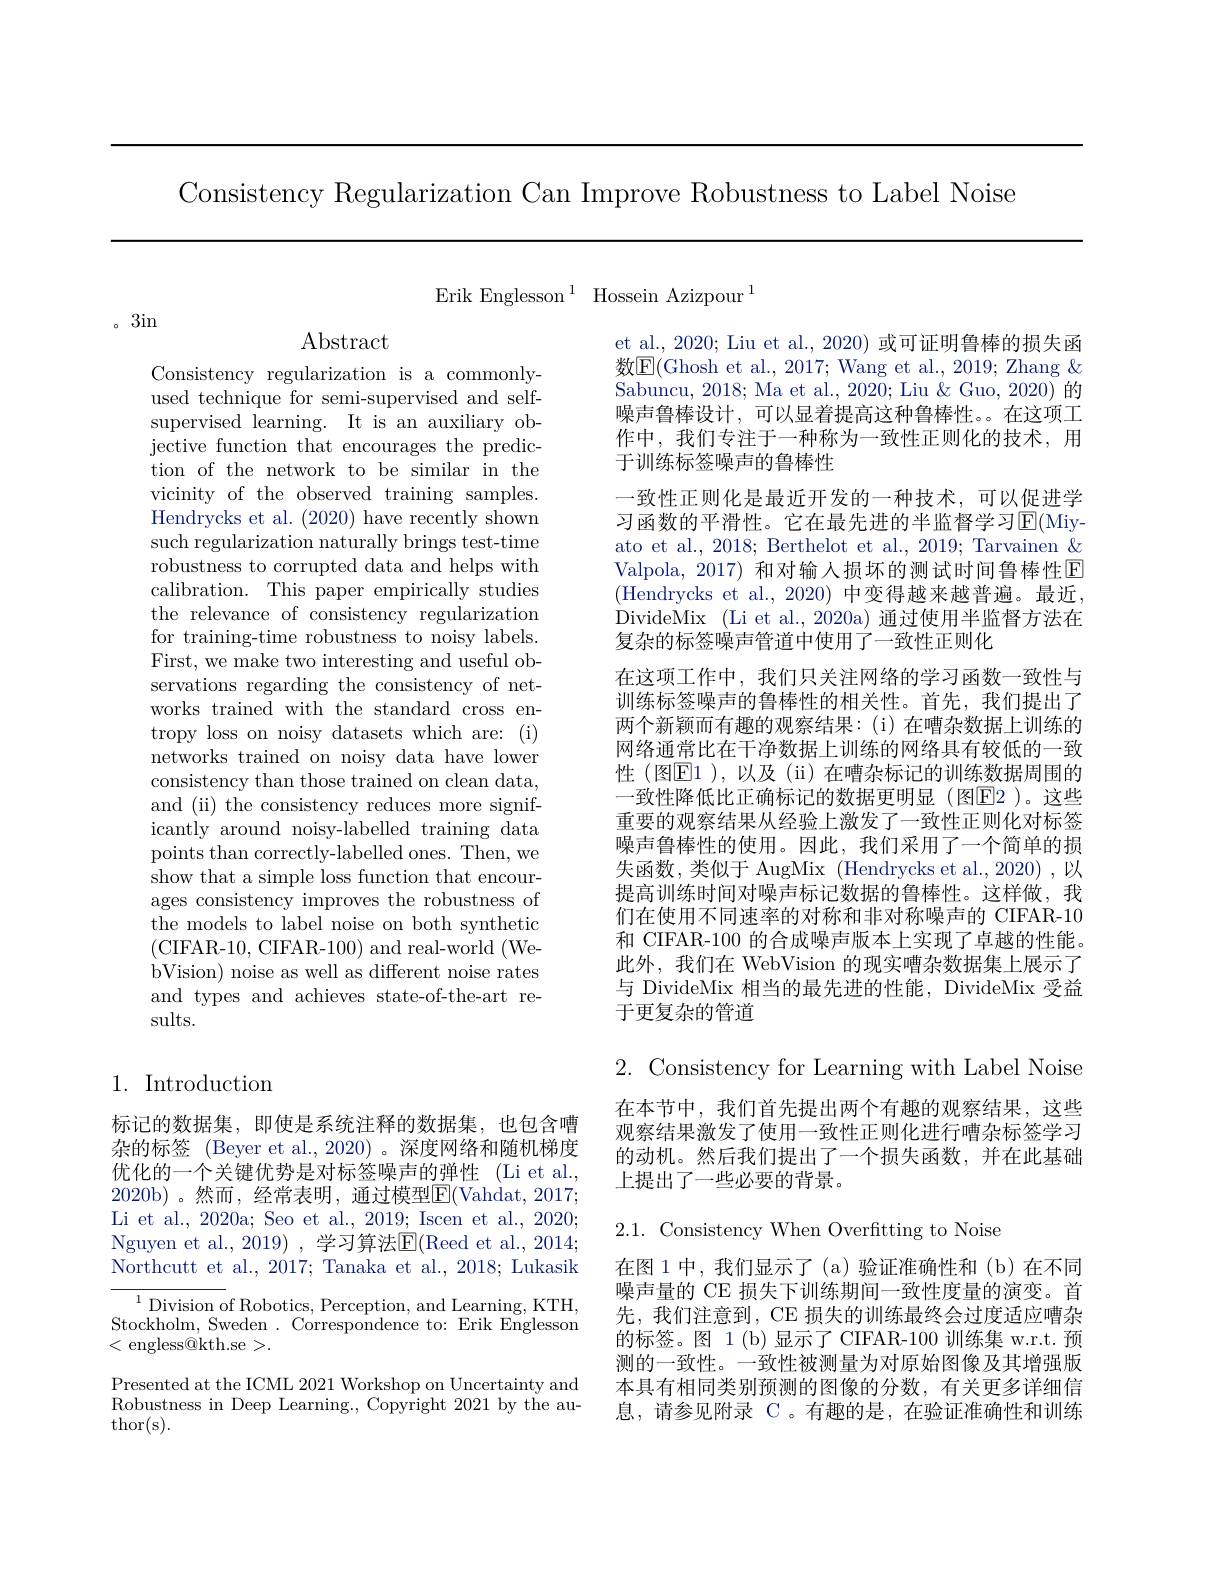
Consistency Regularization Can Improve Robustness to Label Noise

3in

$\operatorname{Abstract}$

Consistency regularization is a commonlyused technique for semi-supervised and selfsupervised learning. It is an auxiliary objective function that encourages the prediction of the network to be similar in the vicinity of the observed training samples. Hendrycks et al. (2020) have recently shown such regularization naturally brings test-time robustness to corrupted data and helps with calibration. This paper empirically studies the relevance of consistency regularization for training-time robustness to noisy labels. First, we make two interesting and useful observations regarding the consistency of networks trained with the standard cross entropy loss on noisy datasets which are: (i) networks trained on noisy data have lower consistency than those trained on clean data, and (ii) the consistency reduces more significantly around noisy-labelled training data points than correctly-labelled ones. Then, we show that a simple loss function that encourages consistency improves the robustness of the models to label noise on both synthetic (CIFAR-10, CIFAR-100) and real-world (WebVision) noise as well as different noise rates and types and achieves state-of-the-art results.

# 1. Introduction

标记的数据集，即使是系统注释的数据集，也包含嘈杂的标签 (Beyer et al.,2020) 。深度网络和随机梯度优化的一个关键优势是对标签噪声的弹性 (Li et al., 2020b)。然而，经常表明，通过模型$\boxed{\mathrm{F}}($Vahdat,2017; Li et al., 2020a; Seo et al., 2019; Iscen et al., 2020; Nguyen et al. , 2019) , 学习算法E(Reed et al., 2014; Northcutt et al., 2017; Tanaka et al., 2018; Lukasik $^{1}\underset{{\mathrm{d}}}{\operatorname*{\text{Division of Robotics, Perception, and Learning, KTH}}}{\underset{\mathrm{d}}{\operatorname*{\text{Division of Robotics, Perception, and Learning, KTH}}}}\underset{\mathrm{d}}{\operatorname*{\text{Division of Robotics, Perception, and Learning, KTH}}}$,
Stockholm, Sweden. Correspondence to: Erik Englesson
<engless@kth.se>.
Presented at the ICML 2021 Workshop on Uncertainty and Robustness in Deep Learning., Copyright 2021 by the au- $\operatorname{thor(s).}$

Erik Englesson $^1$ Hossein Azizpour$^1$

et al., 2020; Liu et al., 2020) 或可证明鲁棒的损失函数$\mathbb{E}($Ghosh et al., 2017; Wang et al., 2019; Zhang & Sabuncu, 2018; Ma et al., 2020; Liu & Guo, 2020) 的噪声鲁棒设计，可以显着提高这种鲁棒性。。在这项工作中，我们专注于一种称为一致性正则化的技术，用于训练标签噪声的鲁棒性
一致性正则化是最近开发的一种技术，可以促进学习函数的平滑性。它在最先进的半监督学习$\operatorname{E}($Miyato et al., 2018; Berthelot et al., 2019; Tarvainen & Valpola, 2017) 和对输入损坏的测试时间鲁棒性$\mathbb{E}$ (Hendrycks et al., 2020) 中变得越来越普遍。最近， DivideMix (Li et al., 2020a) 通过使用半监督方法在复杂的标签噪声管道中使用了一致性正则化
在这项工作中，我们只关注网络的学习函数一致性与训练标签噪声的鲁棒性的相关性。首先，我们提出了两个新颖而有趣的观察结果：(i)在嘈杂数据上训练的网络通常比在干净数据上训练的网络具有较低的一致性 (图$\underline{\mathrm{E}}1$ ), 以及 (ii) 在嘈杂标记的训练数据周围的一致性降低比正确标记的数据更明显(图E2 )。这些重要的观察结果从经验上激发了一致性正则化对标签噪声鲁棒性的使用。因此，我们采用了一个简单的损失函数，类似于 AugMix (Hendrycks et al., 2020) ,以提高训练时间对噪声标记数据的鲁棒性。这样做，我们在使用不同速率的对称和非对称噪声的 CIFAR-10和 CIFAR-100 的合成噪声版本上实现了卓越的性能。此外，我们在 WebVision 的现实嘈杂数据集上展示了与 DivideMix 相当的最先进的性能，DivideMix 受益于更复杂的管道

2. Consistency for Learning with Label Noise

在本节中，我们首先提出两个有趣的观察结果，这些观察结果激发了使用一致性正则化进行嘈杂标签学习的动机。然后我们提出了一个损失函数，并在此基础上提出了一些必要的背景。

$2.1.{\mathrm{~Consistency~When~Overftting~to~Noise}}$

在图 1 中，我们显示了 ( a) 验证准确性和 ( b)在不同噪声量的 CE 损失下训练期间一致性度量的演变。首先，我们注意到，CE 损失的训练最终会过度适应嘈杂的标签。图 1(b)显示了 CIFAR-100 训练集 w.r.t. 预测的一致性。一致性被测量为对原始图像及其增强版本具有相同类别预测的图像的分数，有关更多详细信息，请参见附录 C 。有趣的是，在验证准确性和训练